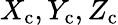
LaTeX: X_{\mathrm{{c}}},Y_{\mathrm{{c}}},Z_{\mathrm{{c}}}